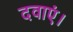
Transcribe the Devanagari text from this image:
दवाएं।